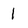
Character: 1